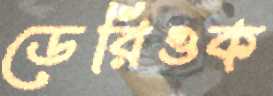
ডেরিওক